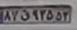
۸۷ق۹۳۵۵۳